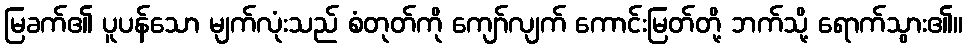
မြခက်၏ ပူပန်သော မျက်လုံးသည် စံတုတ်ကို ကျော်လျက် ကောင်းမြတ်တို့ ဘက်သို့ ရောက်သွား၏။